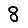
Digit: 8